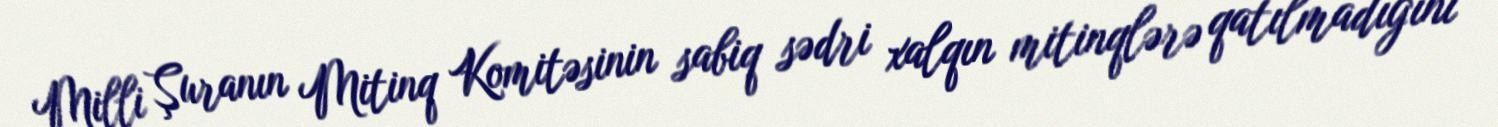
Milli Şuranın Mitinq Komitəsinin sabiq sədri xalqın mitinqlərə qatılmadığını